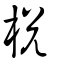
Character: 棁